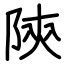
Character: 陝